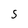
Character: 5